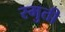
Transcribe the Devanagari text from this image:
स्मुती